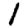
Digit: 1